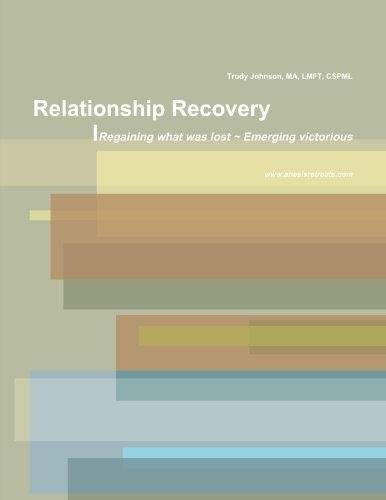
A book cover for C.P.R: Choice Processing and Resolution; Trudy M. Johnson; Politics & Social Sciences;